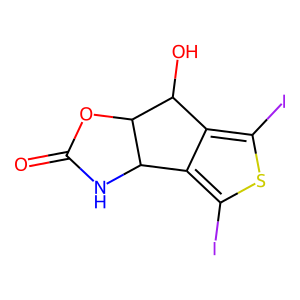
SMILES: O=C1NC2c3c(I)sc(I)c3C(O)C2O1
Inhibits HIV replication: No